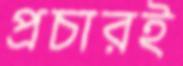
প্রচারই